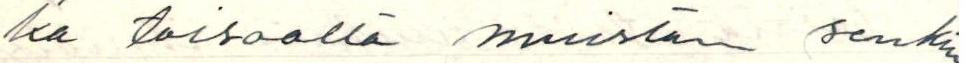
ka toisaalta muistan senkin